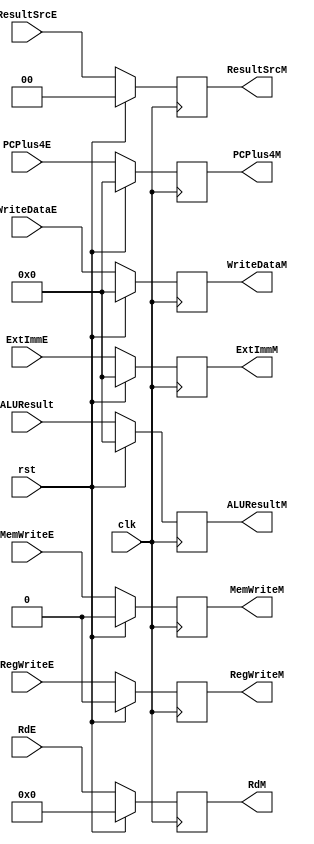
module reglayer_three (
    input      [31:0] WriteDataE,
    input      [31:0] ALUResult,
    input      [31:0] PCPlus4E,
    input      [4:0]  RdE,
    input             clk,
    input             rst,
    input             RegWriteE,
    input             MemWriteE,
    input      [1:0]  ResultSrcE,
    input      [31:0] ExtImmE,
    output reg [31:0] ALUResultM,
    output reg [31:0] WriteDataM,
    output reg [31:0] PCPlus4M,
    output reg [4:0]  RdM,
    output reg        RegWriteM,
    output reg        MemWriteM,
    output reg [1:0]  ResultSrcM,
    output reg [31:0] ExtImmM
);
    always @(posedge clk) begin
        if (rst) begin
           RegWriteM  <= 0;
           MemWriteM  <= 0;
           ResultSrcM <= 2'b00;
           ALUResultM <= 32'd0;
           WriteDataM <= 32'd0;
           RdM        <= 5'd0;
           PCPlus4M   <= 32'd0;
           ExtImmM <= 32'd0;
        end
        else begin
           RegWriteM  <= RegWriteE;
           MemWriteM  <= MemWriteE;
           ResultSrcM <= ResultSrcE;
           ALUResultM <= ALUResult;
           WriteDataM <= WriteDataE;
           RdM        <= RdE;
           PCPlus4M   <= PCPlus4E;
           ExtImmM <= ExtImmE;
        end
    end
    
endmodule